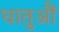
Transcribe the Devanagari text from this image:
धातुऔं